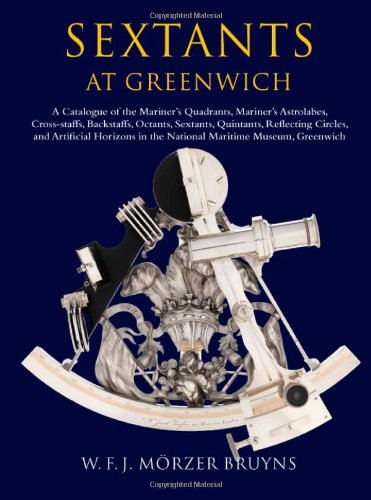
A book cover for Sextants at Greenwich: A Catalogue of the Mariner's Quadrants, Mariner's Astrolabes, Cross-staffs, Backstaffs, Octants, Sextants, Quintants, ... in the National Maritime Museum, Greenwich.; W.F.J. MÃ¶rzer Bruyns; Science & Math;